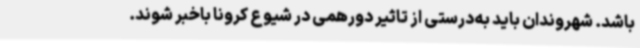
باشد. شهروندان باید به‌درستی از تاثیر دورهمی در شیوع کرونا باخبر شوند.